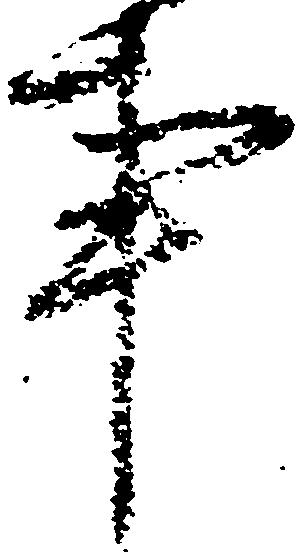
事